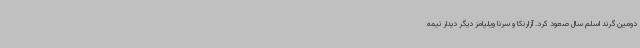
دومین گرند اسلم سال صعود کرد. آزارنکا و سرنا ویلیامز دیگر دیدار نیمه